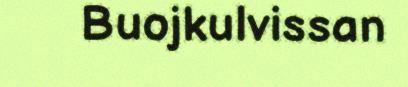
Buojkulvissan